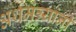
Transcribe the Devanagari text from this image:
अर्थमंत्र्यांनी